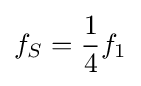
f_{S}={\frac {1}{4}}f_{1}